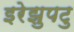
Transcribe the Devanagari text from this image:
इरेझुपटु